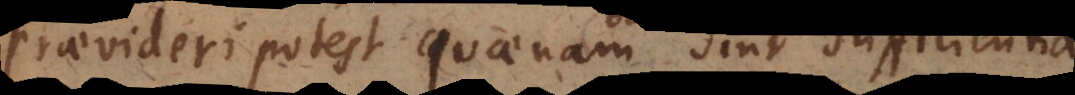
praevideri potest quaenam sint sufficientia,